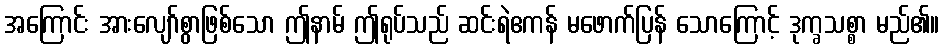
အကြောင်း အားလျော်စွာဖြစ်သော ဤနာမ် ဤရုပ်သည် ဆင်းရဲဧကန် မဖောက်ပြန် သောကြောင့် ဒုက္ခသစ္စာ မည်၏။